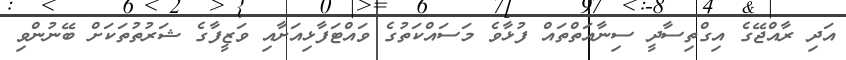
އަދި ރާއްޖޭގެ އިގްތިސާދީ ސިނާއަތްތައް ފުޅާވެ މަސައްކަތުގެ ވައްޓަފާޅިއަށާއި ވަޒީފާގެ ޝަރުތުތަކަށް ބޭނުންވި